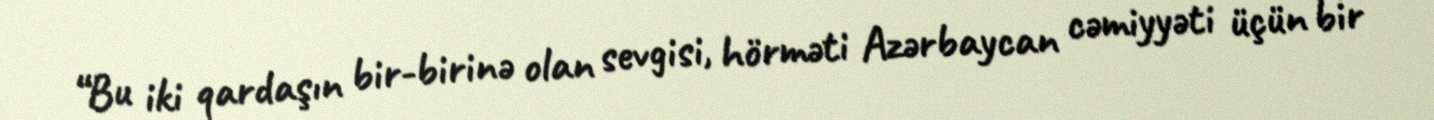
“Bu iki qardaşın bir-birinə olan sevgisi, hörməti Azərbaycan cəmiyyəti üçün bir